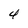
Character: 4